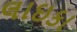
લાઇકા